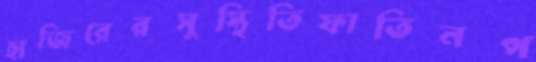
হাজিরেরসুস্থিতিফাতিনপ